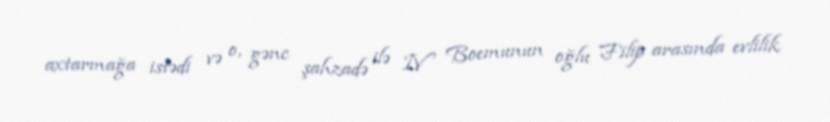
axtarmağa istədi və o, gənc şahzadə ilə IV Boemunun oğlu Filip arasında evlilik